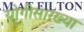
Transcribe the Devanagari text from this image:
योगीसारख्या